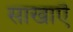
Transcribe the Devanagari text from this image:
साखाऎ